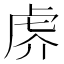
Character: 𰲙